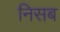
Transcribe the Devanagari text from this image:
निसब